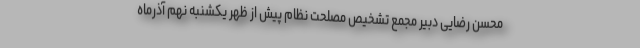
محسن رضایی دبیر مجمع تشخیص مصلحت نظام پیش از ظهر یکشنبه نهم آذرماه